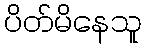
ပိတ်မိနေသူ